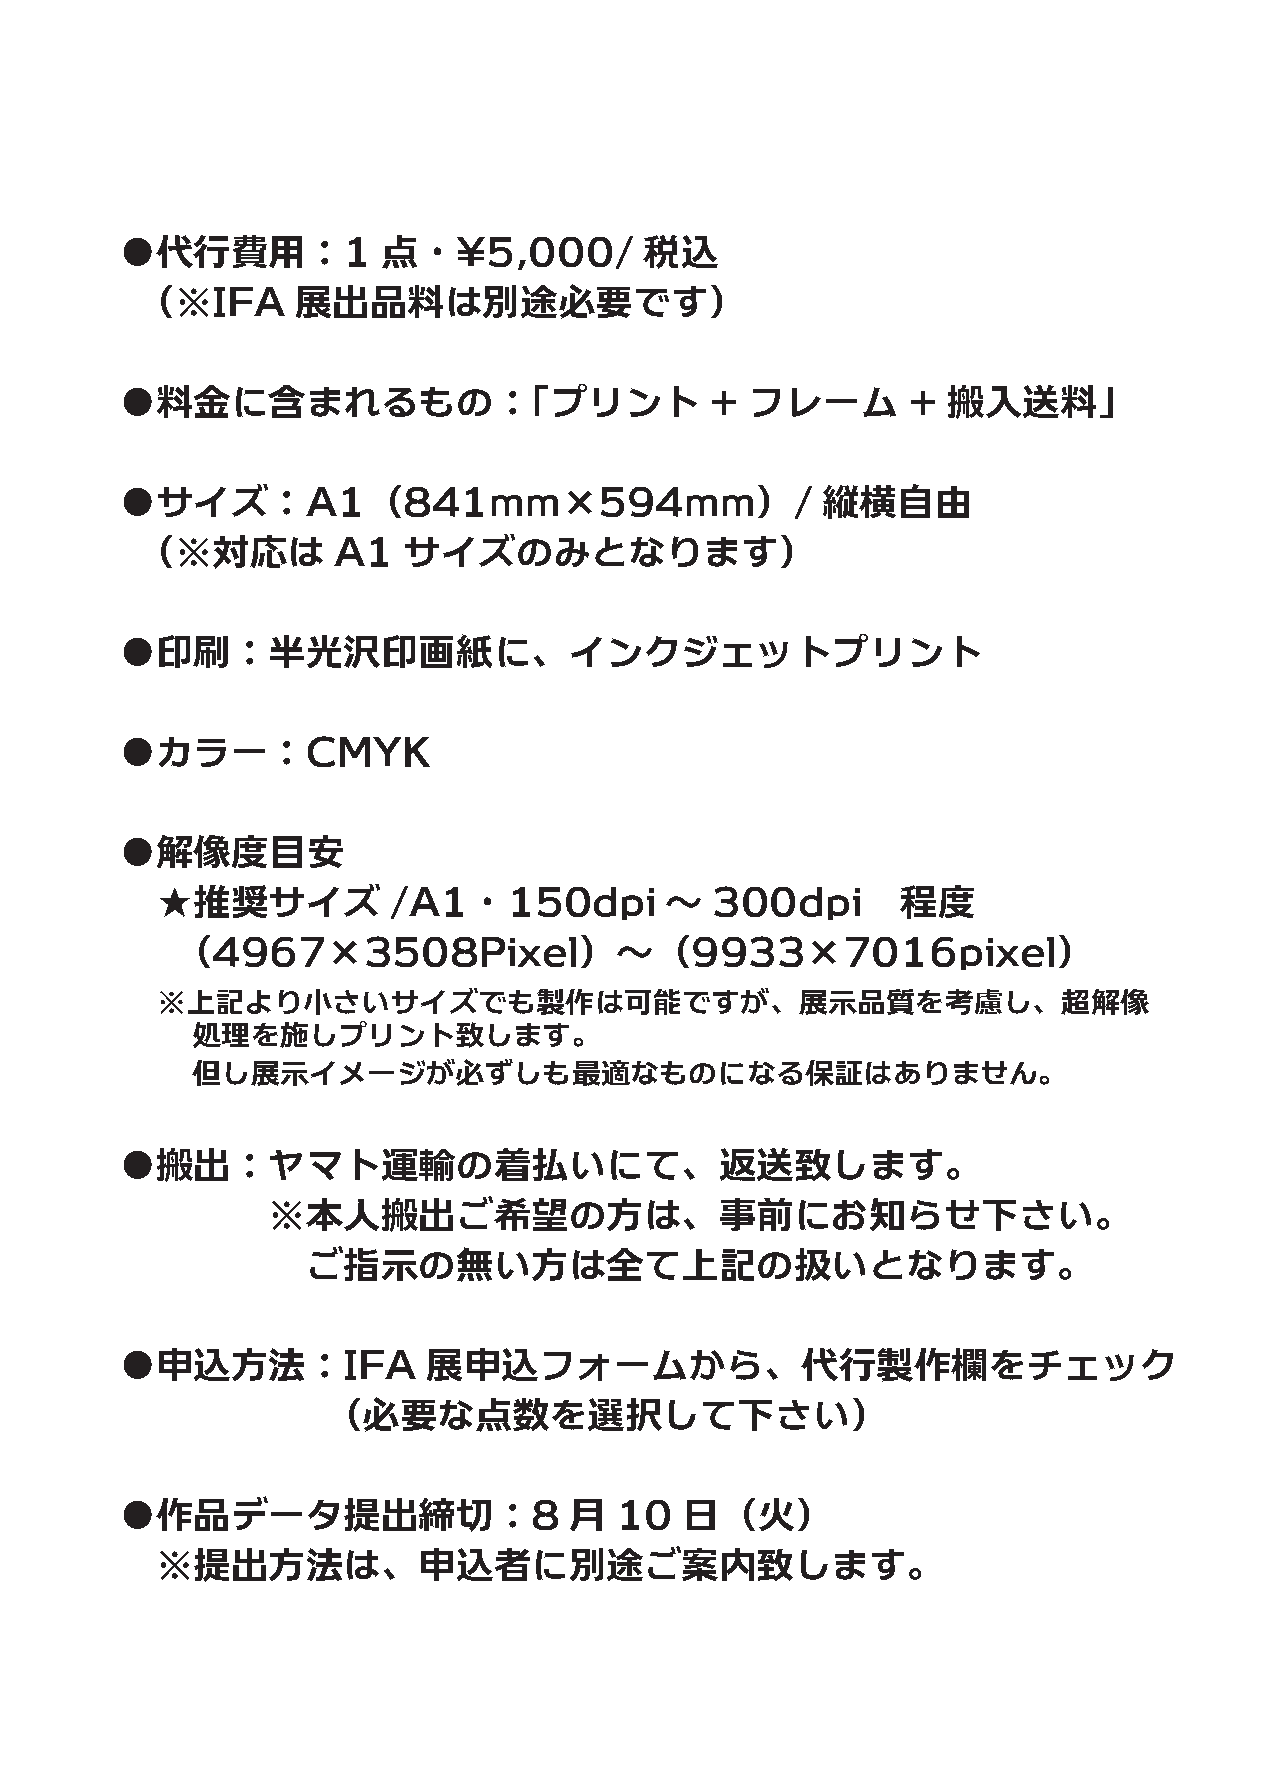
●代行費用：1          点・\5,000/         税込
 （※IFA      展出品料は別途必要です）
 ●料金に含まれるもの：「プリント                       +  フレーム      +  搬入送料」
 ●サイズ：A1（841mm×594mm）/                         縦横自由
 （※対応は        A1   サイズのみとなります）
 ●印刷：半光沢印画紙に、インクジェットプリント
 ●カラー：CMYK
 ●解像度目安
 ★推奨サイズ          /A1・150dpi        ～  300dpi       程度
 （4967×3508Pixel）～（9933×7016pixel）
 ※上記より小さいサイズでも製作は可能ですが、展示品質を考慮し、超解像
 処理を施しプリント致します。
 但し展示イメージが必ずしも最適なものになる保証はありません。
 ●搬出：ヤマト運輸の着払いにて、返送致します。
 ※本人搬出ご希望の方は、事前にお知らせ下さい。
 ご指示の無い方は全て上記の扱いとなります。
 ●申込方法：IFA           展申込フォームから、代行製作欄をチェック
 （必要な点数を選択して下さい）
 ●作品データ提出締切：8                  月  10  日（火）
 ※提出方法は、申込者に別途ご案内致します。